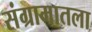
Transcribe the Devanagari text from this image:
संग्रामातला